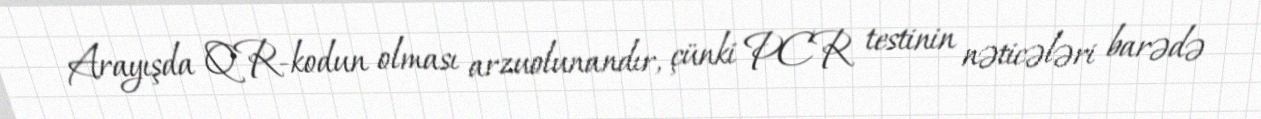
Arayışda QR-kodun olması arzuolunandır, çünki PCR testinin nəticələri barədə